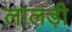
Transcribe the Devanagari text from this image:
लालड़ी